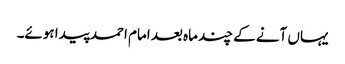
یہاں آنے کے چند ماہ بعد امام احمد پیدا ہوئے۔